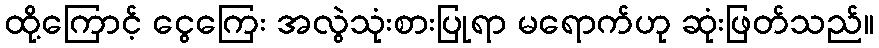
ထို့ကြောင့် ငွေကြေး အလွဲသုံးစားပြုရာ မရောက်ဟု ဆုံးဖြတ်သည်။